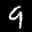
Label: 9